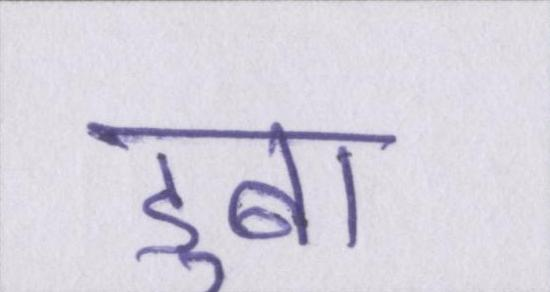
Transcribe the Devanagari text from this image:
डुबा